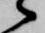
候